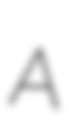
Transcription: A